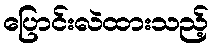
ပြောင်းလဲထားသည့်